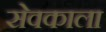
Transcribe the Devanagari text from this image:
सेवकाला